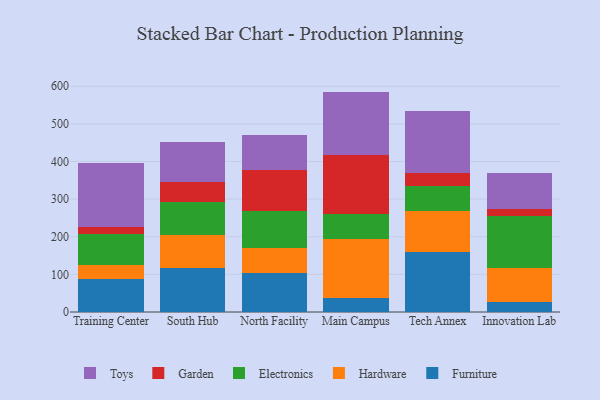
{"axis": {"x": "Campus", "y": "Bounce Rate (%)"}, "legend": ["Electronics", "Furniture", "Garden", "Hardware", "Toys"], "data": [{"x": "Training Center", "y": 86.5, "type": "Furniture"}, {"x": "Training Center", "y": 39.3, "type": "Hardware"}, {"x": "Training Center", "y": 81.9, "type": "Electronics"}, {"x": "Training Center", "y": 19.4, "type": "Garden"}, {"x": "Training Center", "y": 169.3, "type": "Toys"}, {"x": "South Hub", "y": 116.2, "type": "Furniture"}, {"x": "South Hub", "y": 87.6, "type": "Hardware"}, {"x": "South Hub", "y": 89.8, "type": "Electronics"}, {"x": "South Hub", "y": 51.6, "type": "Garden"}, {"x": "South Hub", "y": 106.7, "type": "Toys"}, {"x": "North Facility", "y": 103.3, "type": "Furniture"}, {"x": "North Facility", "y": 67.2, "type": "Hardware"}, {"x": "North Facility", "y": 98.6, "type": "Electronics"}, {"x": "North Facility", "y": 108.7, "type": "Garden"}, {"x": "North Facility", "y": 93.0, "type": "Toys"}, {"x": "Main Campus", "y": 35.9, "type": "Furniture"}, {"x": "Main Campus", "y": 158.5, "type": "Hardware"}, {"x": "Main Campus", "y": 65.3, "type": "Electronics"}, {"x": "Main Campus", "y": 158.6, "type": "Garden"}, {"x": "Main Campus", "y": 167.5, "type": "Toys"}, {"x": "Tech Annex", "y": 160.0, "type": "Furniture"}, {"x": "Tech Annex", "y": 108.4, "type": "Hardware"}, {"x": "Tech Annex", "y": 65.3, "type": "Electronics"}, {"x": "Tech Annex", "y": 34.8, "type": "Garden"}, {"x": "Tech Annex", "y": 165.6, "type": "Toys"}, {"x": "Innovation Lab", "y": 26.0, "type": "Furniture"}, {"x": "Innovation Lab", "y": 92.2, "type": "Hardware"}, {"x": "Innovation Lab", "y": 136.4, "type": "Electronics"}, {"x": "Innovation Lab", "y": 20.2, "type": "Garden"}, {"x": "Innovation Lab", "y": 95.4, "type": "Toys"}]}